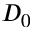
D _ { 0 }